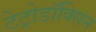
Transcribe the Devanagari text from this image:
टेट्रोडॉक्सिन